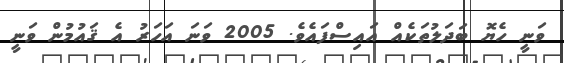
ވަނީ ހެޔޮ ބަދަލުތަކެއް އައިސްފައެވެ. 2005 ވަނަ އަހަރު އެ ޤައުމުން ވަނީ